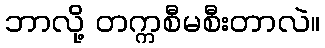
ဘာလို့ တက္ကစီမစီးတာလဲ။